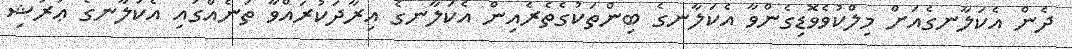
ދެން އެކަލާނގެއަށް މިލްކުވެވޮޑިގެންވާ އެކަލާނގެ ބިންތަކުގެތެރެއިން އެކަލާނގެ އިރާދަކުރައްވާ ތަނެއްގައި އެކަލާނގެ ޢަރުޝި